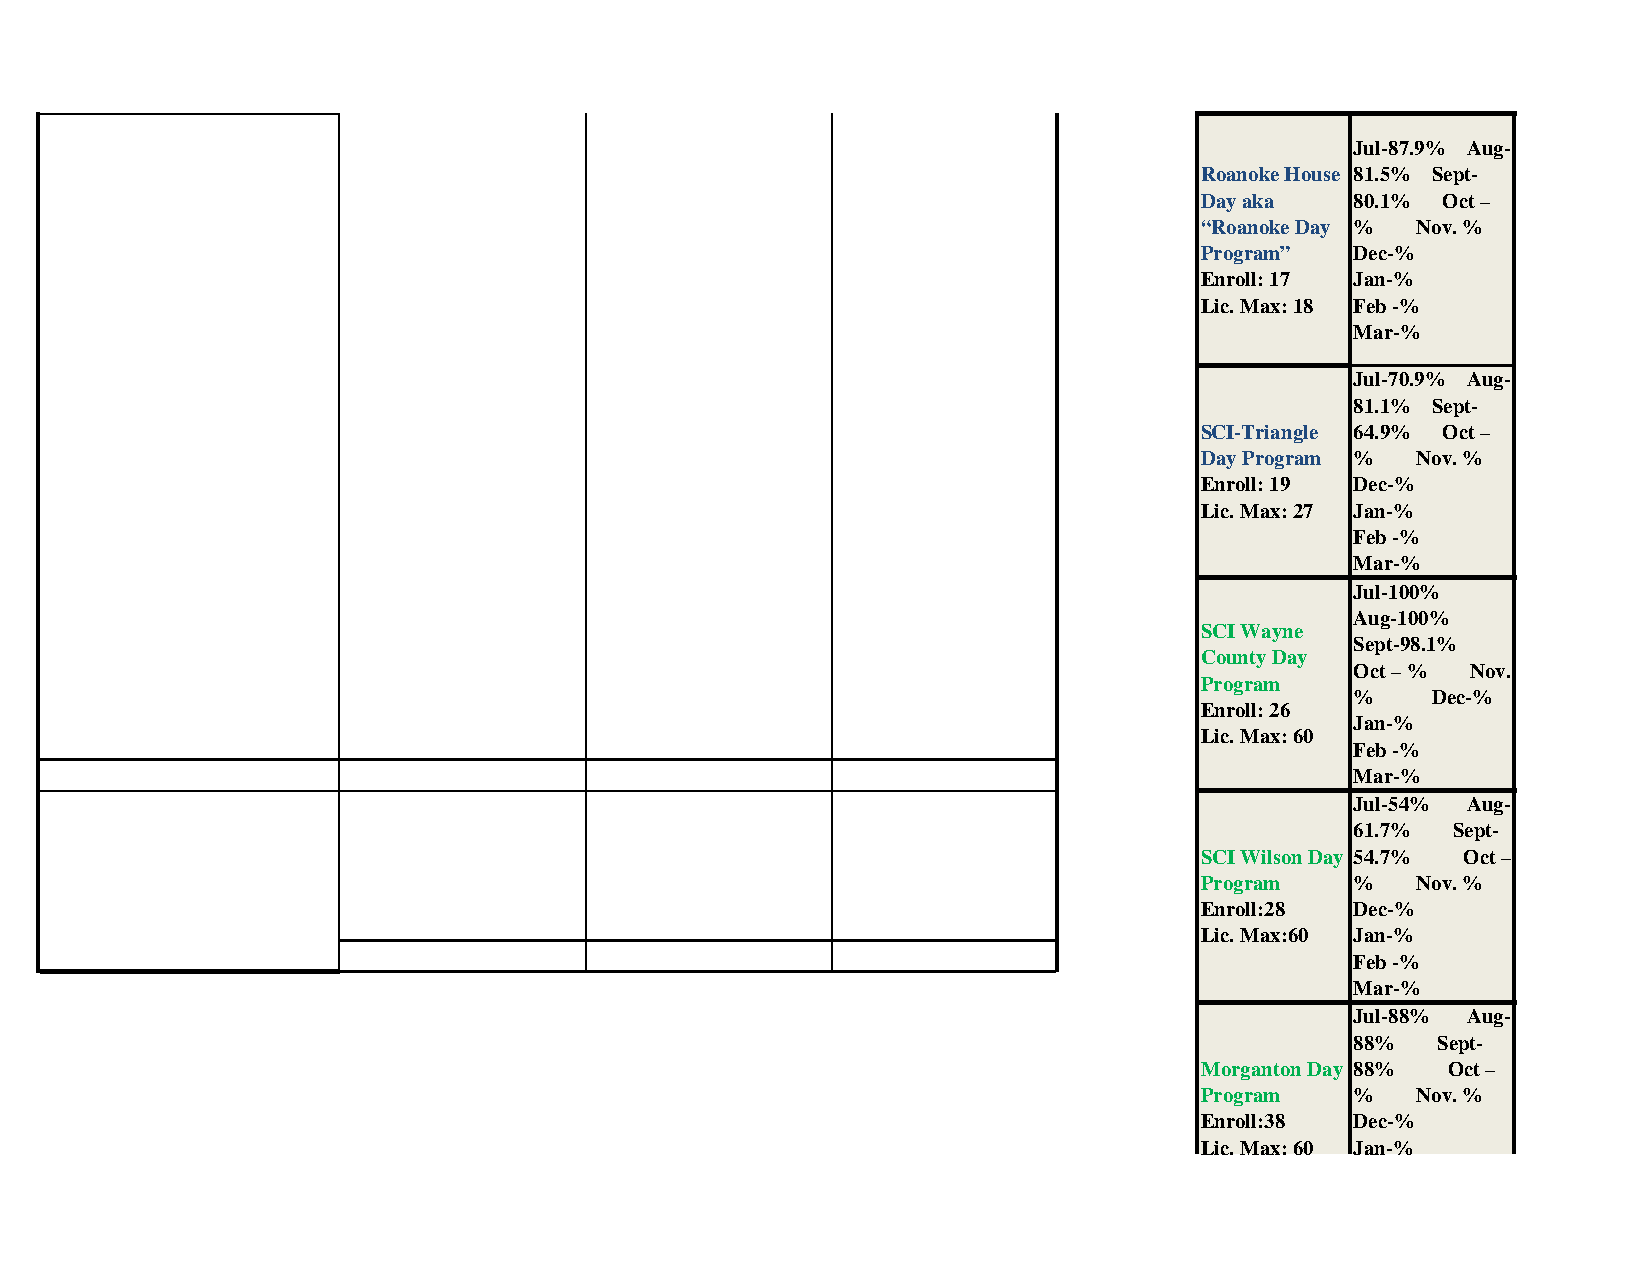
Jul-87.9% Aug-
 Roanoke House 81.5% Sept-
 Day aka   80.1% Oct –
 “Roanoke Day % Nov. %
 Program”  Dec-%
 Enroll: 17 Jan-%
 Lic. Max: 18 Feb -%
 Mar-%
 Jul-70.9% Aug-
 81.1% Sept-
 SCI-Triangle 64.9% Oct –
 Day Program % Nov. %
 Enroll: 19 Dec-%
 Lic. Max: 27 Jan-%
 Feb -%
 Mar-%
 Jul-100%
 Aug-100%
 SCI Wayne
 Sept-98.1%
 County Day
 Oct – % Nov.
 Program
 %    Dec-%
 Enroll: 26
 Jan-%
 Lic. Max: 60
 Feb -%
 Mar-%
 Jul-54% Aug-
 61.7% Sept-
 SCI Wilson Day 54.7% Oct –
 Program   %   Nov. %
 Enroll:28 Dec-%
 Lic. Max:60 Jan-%
 Feb -%
 Mar-%
 Jul-88% Aug-
 88%  Sept-
 Morganton Day 88% Oct –
 Program   %   Nov. %
 Enroll:38 Dec-%
 Lic. Max: 60 Jan-%